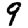
Digit: 9